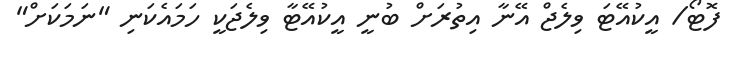
ފޮޓޯ/ އީކުއޭޓަ ވިލެޖް އޭނާ އިތުރަށް ބުނީ އީކުއޭޓާ ވިލެޖަކީ ހަމައެކަނި "ނަމަކަށް"